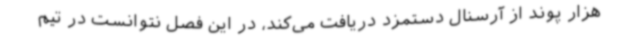
هزار پوند از آرسنال دستمزد دریافت می‌کند، در این فصل نتوانست در تیم